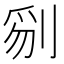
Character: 𠝄